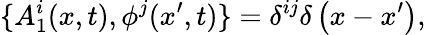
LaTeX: \{ A_{1}^{i}(x,t),\phi^{j}(x^{\prime},t)\} =\delta^{ij}\delta\left(x-x^{\prime}\right),